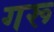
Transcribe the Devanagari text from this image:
गरू